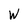
Character: W